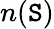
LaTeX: n(\mathtt{S})